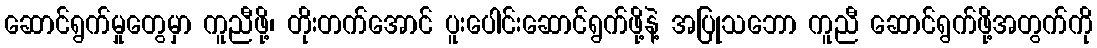
ဆောင်ရွက်မှုတွေမှာ ကူညီဖို့၊ တိုးတက်အောင် ပူးပေါင်းဆောင်ရွက်ဖို့နဲ့ အပြုသဘော ကူညီ ဆောင်ရွက်ဖို့အတွက်ကို